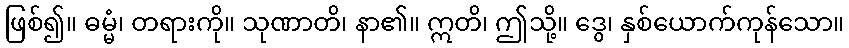
ဖြစ်၍။ ဓမ္မံ၊ တရားကို။ သုဏာတိ၊ နာ၏။ ဣတိ၊ ဤသို့။ ဒွေ၊ နှစ်ယောက်ကုန်သော။